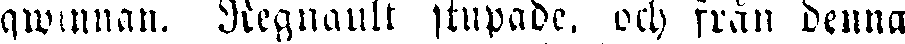
qwinnan. Regnault stupade, och från denna